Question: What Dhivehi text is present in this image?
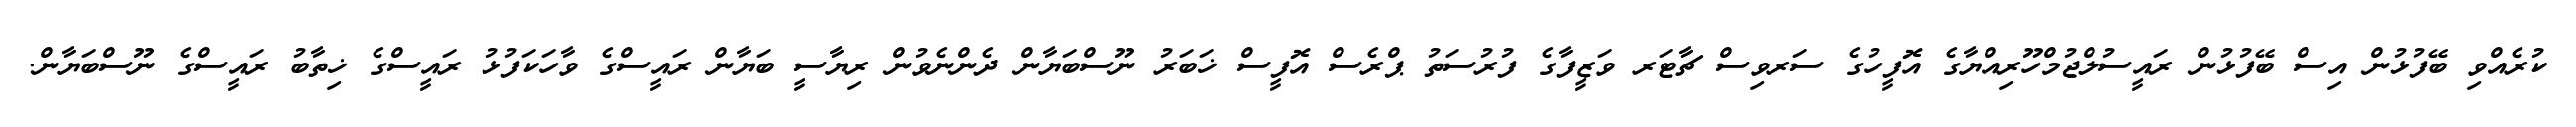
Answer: ކުރެއްވި ބޭފުޅުން އިސް ބޭފުޅުން ރައީސުލްޖުމްހޫރިއްޔާގެ އޮފީހުގެ ސަރވިސް ޗާޓަރ ވަޒީފާގެ ފުރުސަތު ޕްރެސް އޮފީސް ޚަބަރު ނޫސްބަޔާން ދެންނެވުން ރިޔާސީ ބަޔާން ރައީސްގެ ވާހަކަފުޅު ރައީސްގެ ޚިތާބު ރައީސްގެ ނޫސްބަޔާން.